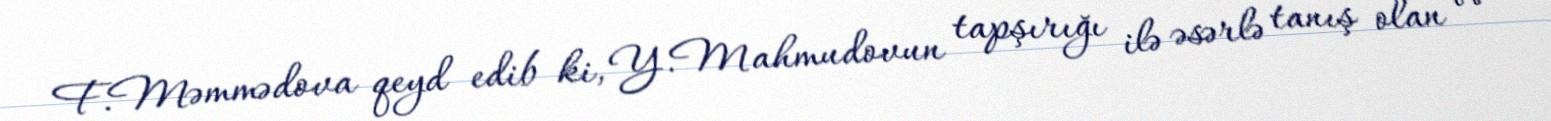
F.Məmmədova qeyd edib ki, Y.Mahmudovun tapşırığı ilə əsərlə tanış olan və